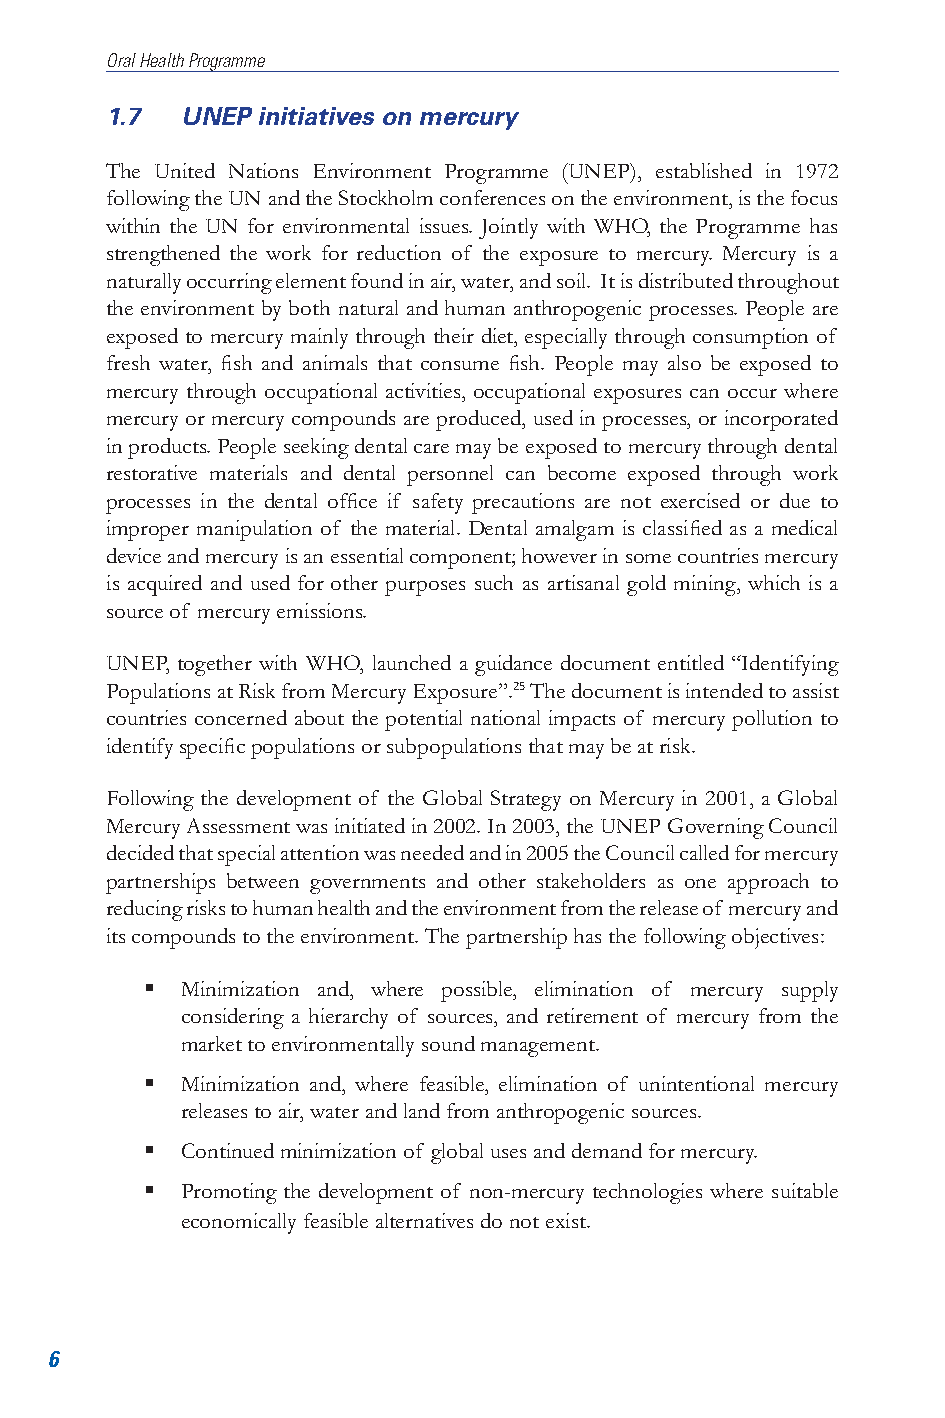
Oral Health Programme
 1.7  UNEP initiatives on mercury
 The United Nations Environment Programme (UNEP), established in 1972
 following the UN and the Stockholm conferences on the environment, is the focus
 within the UN for environmental issues. Jointly with WHO, the Programme has
 strengthened the work for reduction of the exposure to mercury. Mercury is a
 naturally occurring element found in air, water, and soil. It is distributed throughout
 the environment by both natural and human anthropogenic processes. People are
 exposed to mercury mainly through their diet, especially through consumption of
 fresh water, fish and animals that consume fish. People may also be exposed to
 mercury through occupational activities, occupational exposures can occur where
 mercury or mercury compounds are produced, used in processes, or incorporated
 in products. People seeking dental care may be exposed to mercury through dental
 restorative materials and dental personnel can become exposed through work
 processes in the dental office if safety precautions are not exercised or due to
 improper manipulation of the material. Dental amalgam is classified as a medical
 device and mercury is an essential component; however in some countries mercury
 is acquired and used for other purposes such as artisanal gold mining, which is a
 source of mercury emissions.
 UNEP, together with WHO, launched a guidance document entitled “Identifying
 Populations at Risk from Mercury Exposure”.25 The document is intended to assist
 countries concerned about the potential national impacts of mercury pollution to
 identify specific populations or subpopulations that may be at risk.
 Following the development of the Global Strategy on Mercury in 2001, a Global
 Mercury Assessment was initiated in 2002. In 2003, the UNEP Governing Council
 decided that special attention was needed and in 2005 the Council called for mercury
 partnerships between governments and other stakeholders as one approach to
 reducing risks to human health and the environment from the release of mercury and
 its compounds to the environment. The partnership has the following objectives:
  Minimization and, where possible, elimination of mercury supply
 considering a hierarchy of sources, and retirement of mercury from the
 market to environmentally sound management.
  Minimization and, where feasible, elimination of unintentional mercury
 releases to air, water and land from anthropogenic sources.
  Continued minimization of global uses and demand for mercury.
  Promoting the development of non-mercury technologies where suitable
 economically feasible alternatives do not exist.
 6